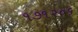
૧૭૧૨૦૬